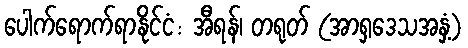
ပေါက်ရောက်ရာနိုင်ငံ: အီရန်၊ တရုတ် (အာရှဒေသအနှံ့)